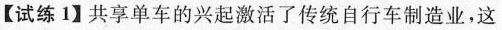
【试练1】共享单车的兴起激活了传统自行车制造业，这